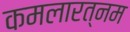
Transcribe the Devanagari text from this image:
कमलारत्नम